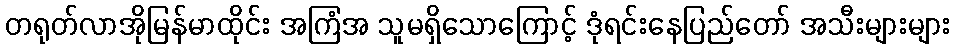
တရုတ်လာအိုမြန်မာထိုင်း အကြံအ သူမရှိသောကြောင့် ဒုံရင်းနေပြည်တော် အသီးများများ